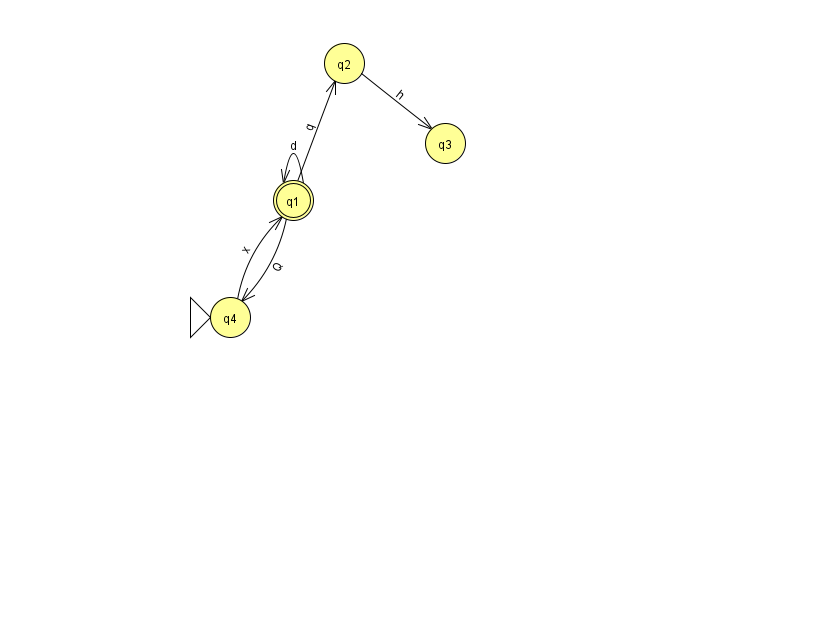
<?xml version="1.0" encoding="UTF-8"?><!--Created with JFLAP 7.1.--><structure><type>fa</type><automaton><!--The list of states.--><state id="0" name="q0"><x>964.0</x><y>58.0</y></state><state id="1" name="q1"><x>293.0</x><y>187.0</y><final/></state><state id="2" name="q2"><x>344.0</x><y>50.0</y></state><state id="3" name="q3"><x>445.0</x><y>130.0</y></state><state id="4" name="q4"><x>230.0</x><y>304.0</y><initial/></state><!--The list of transitions.--><transition><from>1</from><to>1</to><read>d</read></transition><transition><from>1</from><to>4</to><read>Q</read></transition><transition><from>0</from><to>0</to><read>F</read></transition><transition><from>1</from><to>2</to><read>q</read></transition><transition><from>2</from><to>3</to><read>h</read></transition><transition><from>4</from><to>1</to><read>x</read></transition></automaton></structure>